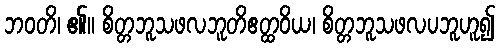
ဘဝတိ၊ ၏။ စိတ္တဘူသဖလဘူတိဧတ္ထဝိယ၊ စိတ္တဘူသဖလပဘူဟူ၍